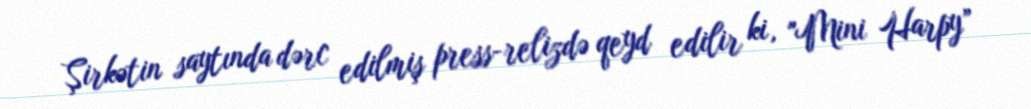
Şirkətin saytında dərc edilmiş press-relizdə qeyd edilir ki, "Mini Harpy”